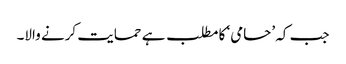
جب کہ ’حامی‘ کا مطلب ہے حمایت کرنے والا۔